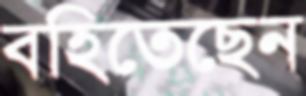
বহিতেছেন